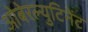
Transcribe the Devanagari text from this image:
ओबेरल्युटिनेंट